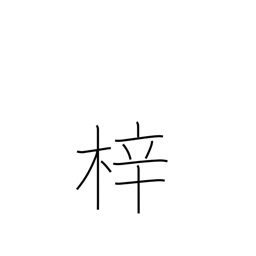
Meaning: woodblock printing